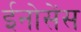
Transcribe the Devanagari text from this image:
ईनोसेंस